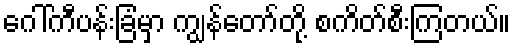
ဂေါ်ကီပန်းခြံမှာ ကျွန်တော်တို့ စကိတ်စီးကြတယ်။